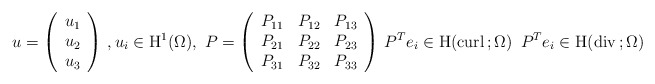
\begin{align*}u=\left(\begin{array}{c}u_1 \\u_2 \\u_3 \\\end{array}\right)\, , u_i\in {\rm H}^{1}(\Omega),\ P=\left(\begin{array}{ccc}P_{11} &P_{12}&P_{13}\\P_{21} &P_{22}&P_{23}\\P_{31} &P_{32}&P_{33}\end{array}\right)\, P^Te_i\in {\rm H}({\rm curl}\,; \Omega)\, \ P^Te_i\in {\rm H}({\rm div}\,; \Omega)\end{align*}